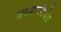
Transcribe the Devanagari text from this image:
बरवाजीपंत